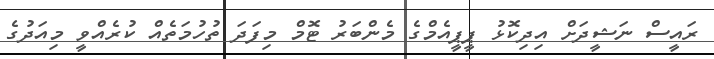
ރައީސް ނަޝީދަށް އިދިކޮޅު ޕީޕީއެމްގެ މެންބަރު ޓޮމް މިފަދަ ތުހުމަތެއް ކުރެއްވީ މިއަދުގެ